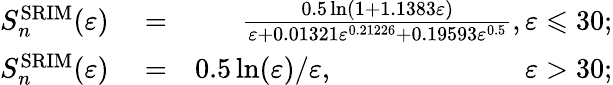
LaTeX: \begin{array}{rlr}{S_{n}^{\mathrm{SRIM}}(\varepsilon)}&{{}=}&{\frac{0.5\ln(1+1.1383\varepsilon)}{\varepsilon+0.01321\varepsilon^{0.21226}+0.19593\varepsilon^{0.5}},\varepsilon\leqslant 30;}\\ {S_{n}^{\mathrm{SRIM}}(\varepsilon)}&{{}=}&{0.5\ln(\varepsilon)/\varepsilon,\phantom{3.5\ln(\varepsilon)/\varepsilon\ln(\varepsilon)}\varepsilon>30;}\end{array}